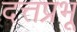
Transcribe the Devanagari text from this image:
दत्तप्रभू